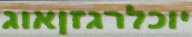
יוכלרגזןאוג